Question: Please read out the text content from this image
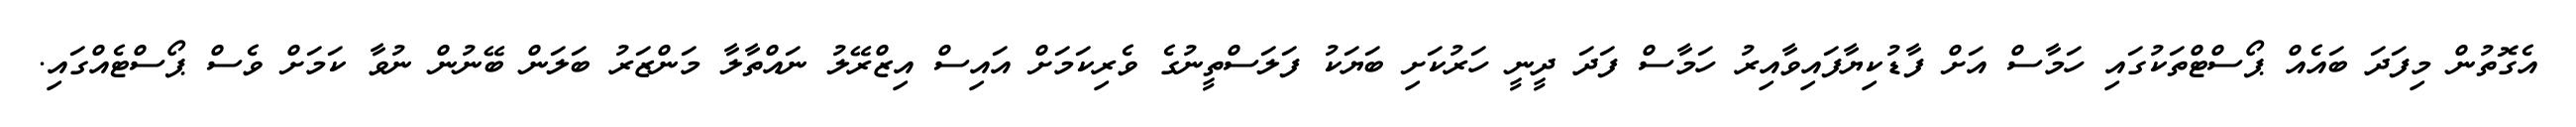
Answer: އެގޮތުން މިފަދަ ބައެއް ޕޯސްޓްތަކުގައި ހަމާސް އަށް ފާޑުކިޔާފައިވާއިރު ހަމާސް ފަދަ ދީނީ ހަރުކަށި ބަޔަކު ފަލަސްތީނުގެ ވެރިކަމަށް އައިސް އިޒްރޭލު ނައްތާލާ މަންޒަރު ބަލަން ބޭނުން ނުވާ ކަމަށް ވެސް ޕޯސްޓެއްގައި.